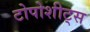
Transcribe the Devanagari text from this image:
टोपोशीट्स